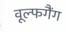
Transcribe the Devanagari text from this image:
वूल्फगैंग